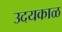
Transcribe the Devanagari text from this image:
उदयकाळ